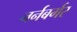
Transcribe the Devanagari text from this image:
नर्नबर्गर